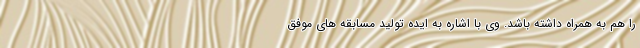
را هم به همراه داشته باشد. وی با اشاره به ایده تولید مسابقه های موفق